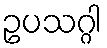
ဥပသဂ္ဂါ